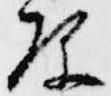
原